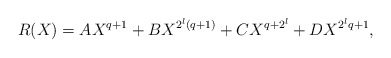
\begin{align*}R(X) = A X^{q+1} + B X^{2^l(q+1)} + C X^{q + 2^l} + D X^{2^lq+1},\end{align*}